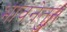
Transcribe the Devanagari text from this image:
भावनेतुन